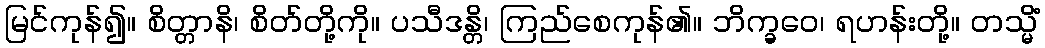
မြင်ကုန်၍။ စိတ္တာနိ၊ စိတ်တို့ကို။ ပသီဒန္တိ၊ ကြည်စေကုန်၏။ ဘိက္ခဝေ၊ ရဟန်းတို့။ တသ္မိံ